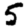
Digit: 5